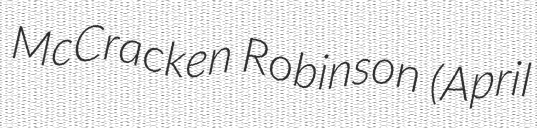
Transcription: McCracken Robinson (April